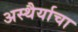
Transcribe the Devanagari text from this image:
अस्थैर्याचा